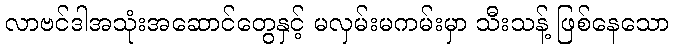
လာဗင်ဒါအသုံးအဆောင်တွေနှင့် မလှမ်းမကမ်းမှာ သီးသန့် ဖြစ်နေသော